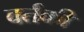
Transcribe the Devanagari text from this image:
वर्तकी